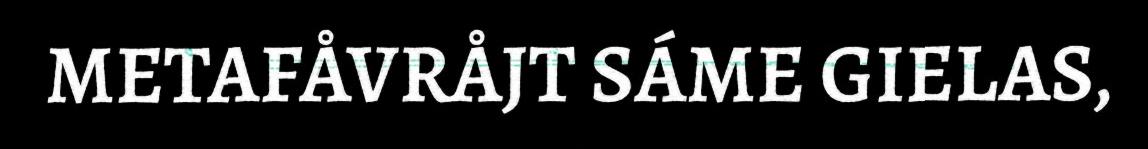
METAFÅVRÅJT SÁME GIELAS,